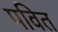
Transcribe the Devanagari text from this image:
पवित